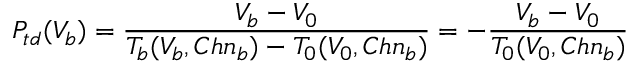
P _ { t d } ( V _ { b } ) = \frac { V _ { b } - V _ { 0 } } { T _ { b } ( V _ { b } , C h n _ { b } ) - T _ { 0 } ( V _ { 0 } , C h n _ { b } ) } = - \frac { V _ { b } - V _ { 0 } } { T _ { 0 } ( V _ { 0 } , C h n _ { b } ) }